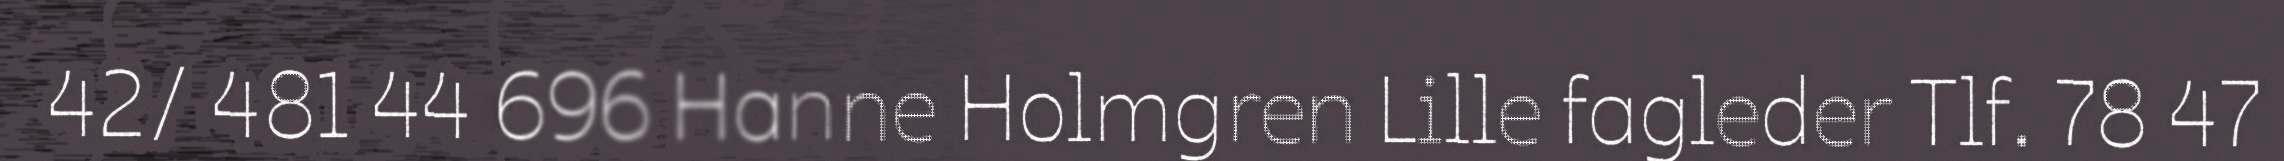
42/ 481 44 696 Hanne Holmgren Lille fagleder Tlf. 78 47